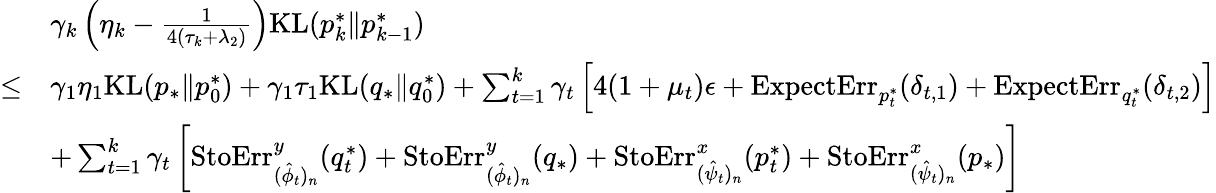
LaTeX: \begin{array}{rl}&{\gamma_{k}\left(\eta_{k}-\frac{1}{4(\tau_{k}+\lambda_{2})}\right)\mathrm{KL}(p_{k}^{*}\| p_{k-1}^{*})}\\ {\leq}&{\gamma_{1}\eta_{1}\mathrm{KL}(p_{*}\| p_{0}^{*})+\gamma_{1}\tau_{1}\mathrm{KL}(q_{*}\| q_{0}^{*})+\sum_{t=1}^{k}\gamma_{t}\left[4(1+\mu_{t})\epsilon+\mathrm{ExpectErr}_{p_{t}^{*}}(\delta_{t,1})+\mathrm{ExpectErr}_{q_{t}^{*}}(\delta_{t,2})\right]}\\ &{+\sum_{t=1}^{k}\gamma_{t}\left[\mathrm{StoErr}_{(\hat{\phi}_{t})_{n}}^{y}(q_{t}^{*})+\mathrm{StoErr}_{(\hat{\phi}_{t})_{n}}^{y}(q_{*})+\mathrm{StoErr}_{(\hat{\psi}_{t})_{n}}^{x}(p_{t}^{*})+\mathrm{StoErr}_{(\hat{\psi}_{t})_{n}}^{x}(p_{*})\right]}\end{array}